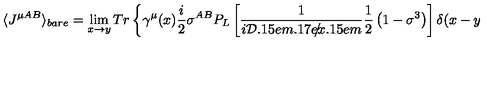
\langle J ^ { \mu A B } \rangle _ { b a r e } = \lim _ { x \rightarrow y } T r \left\{ \gamma ^ { \mu } ( x ) { \frac { i } { 2 } \sigma ^ { A B } } P _ { L } \left[ \frac { 1 } { i { { \cal D } \kern - 0 . 1 5 e m \raise 0 . 1 7 e x \llap { / } \kern 0 . 1 5 e m \relax } } \frac { 1 } { 2 } \left( 1 - \sigma ^ { 3 } \right) \right] \delta ( x - y ) \right\}